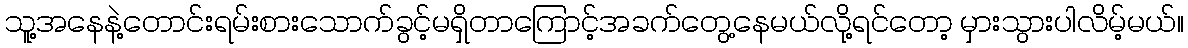
သူ့အနေနဲ့တောင်းရမ်းစားသောက်ခွင့်မရှိတာကြောင့်အခက်တွေ့နေမယ်လို့ရင်တော့ မှားသွားပါလိမ့်မယ်။